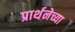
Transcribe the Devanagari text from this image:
प्रार्थनेच्या